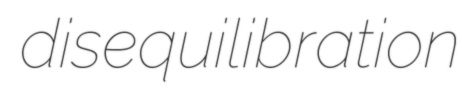
disequilibration